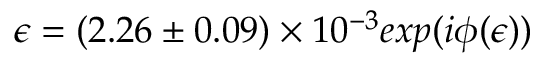
\epsilon = ( 2 . 2 6 \pm 0 . 0 9 ) \times 1 0 ^ { - 3 } e x p ( i \phi ( \epsilon ) )